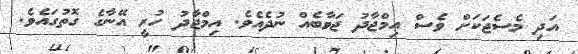
އަދި މެސެޖަކަށް ވެސް އިމްޖާދު ޖަވާބެއް ނުދެއެވެ. އިމްޖާދު ހުރީ އޭނާގެ ގޮތުގައެވެ.